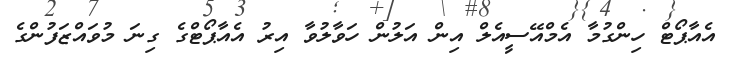
އެއާޕޯޓް ހިންގުމާ އެމްއޭސީއެލް އިން އަލުން ހަވާލުވާ އިރު އެއާޕޯޓްގެ ގިނަ މުވައްޒަފުންގެ